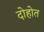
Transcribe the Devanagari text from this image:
दोहोत